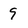
Character: 9